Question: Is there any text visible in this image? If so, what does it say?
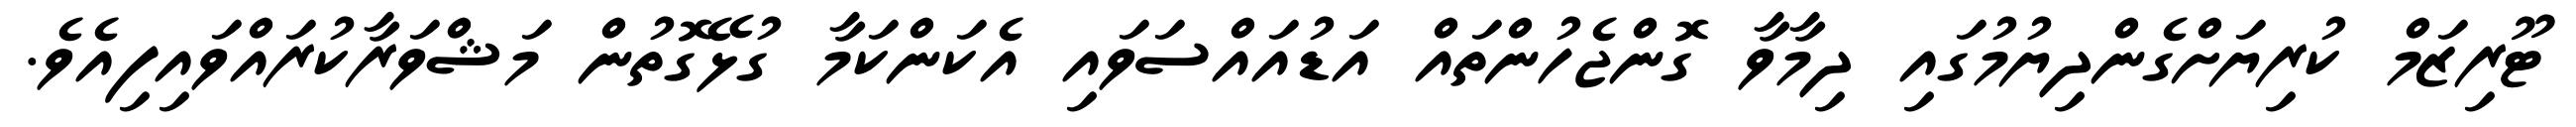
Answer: ޓޫރިޒަމް ކުރިޔަށްގެންދިޔުމުގައި ދިމާވާ ގޮންޖެހުންތައް އަޑުއައްސަވައި އެކަންކަމާ ގުޅޭގޮތުން މަޝްވަރާކުރައްވައިފިއެވެ.